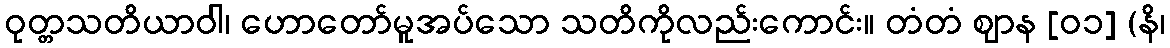
ဝုတ္တသတိယာဝါ၊ ဟောတော်မူအပ်သော သတိကိုလည်းကောင်း။ တံတံ ဈာန [၀၁] (နိ၊